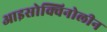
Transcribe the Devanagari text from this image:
आइसोक्विनोलीन